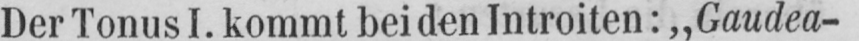
Der Tonus I. kommt beiden Introiten: „Gaudea-